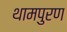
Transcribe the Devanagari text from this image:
थामपुरण